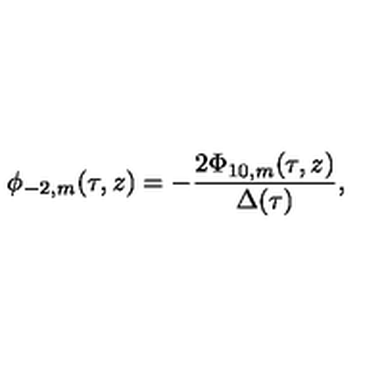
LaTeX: \phi _ { - 2 , m } ( \tau , z ) = - \frac { 2 \Phi _ { 1 0 , m } ( \tau , z ) } { \Delta ( \tau ) } ,